Heimtali_vallavalitsus, lk 35
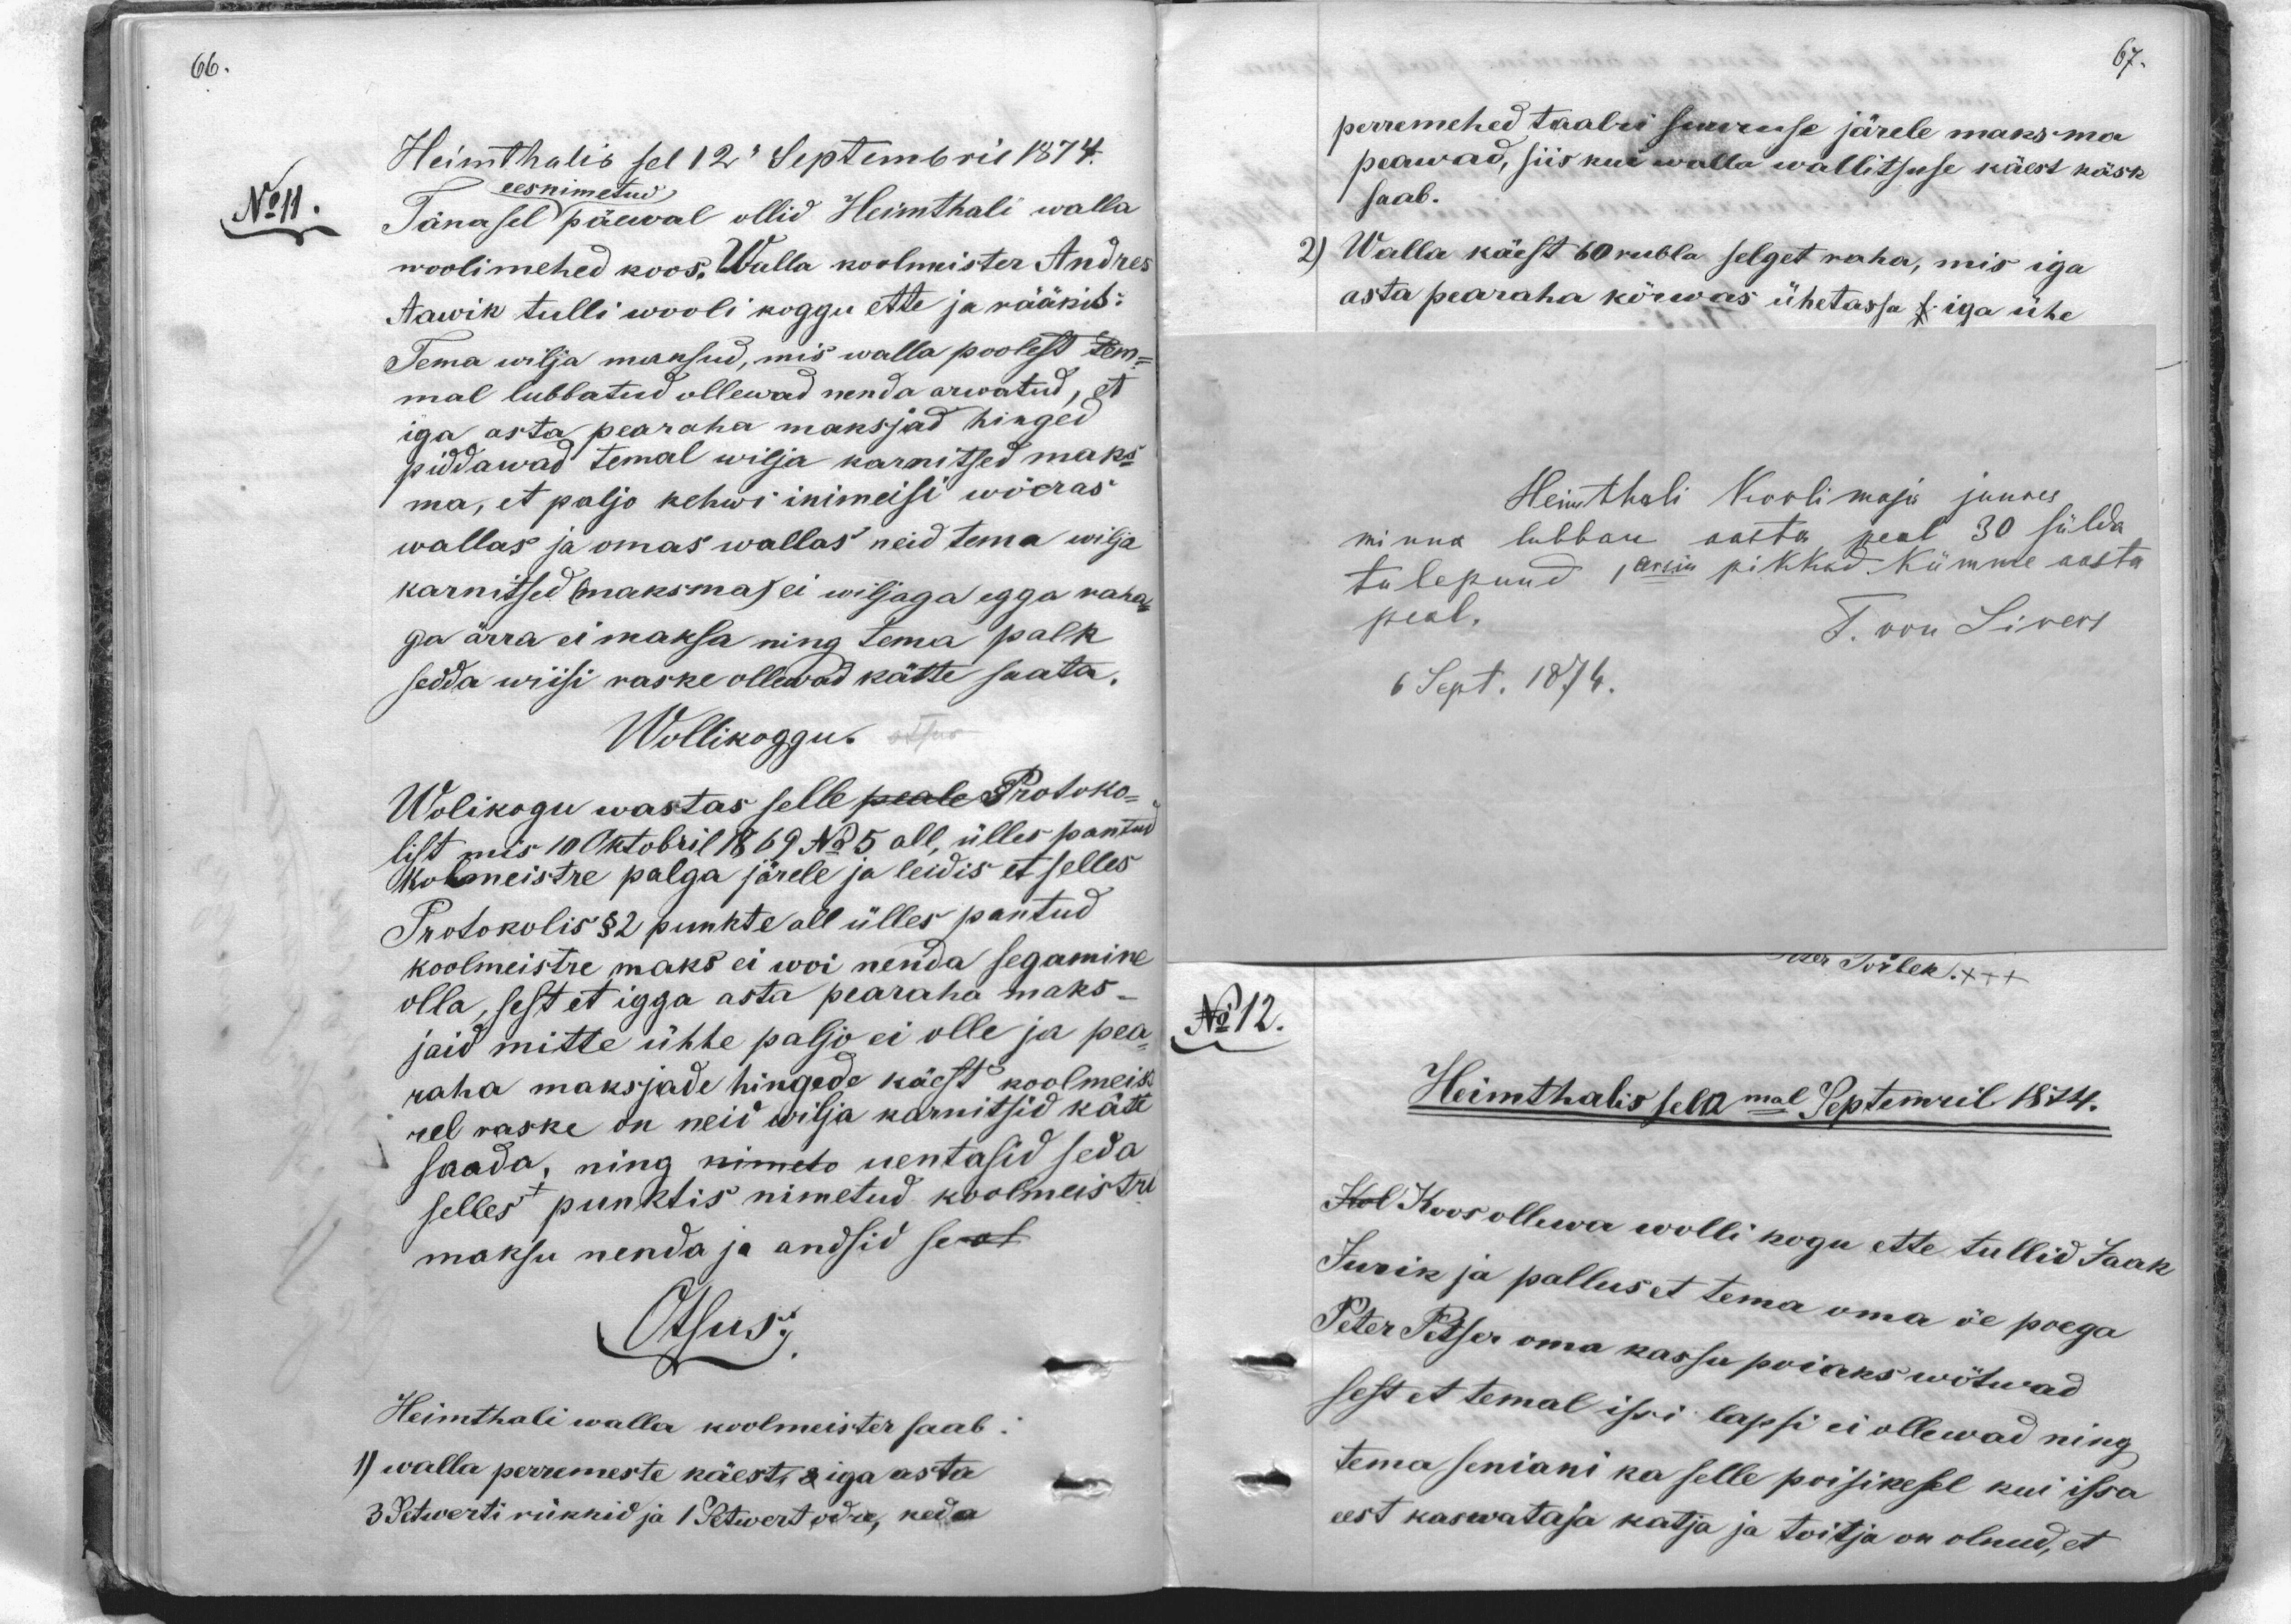
Heimthalis sel 12. Septembril 1874.
eesnimetud
No 11.
Tänasel päewal ollid Heimthali walla
woolimehed koos, Walla koolmister Andres
Aawik tulli wooli koggu ette ja rääkis:
Tema wilja maksud, mis walla poolest tem-
mal lubbatud ollewad nenda arwatud, et
iga asta pearaha maksjad hinged
piddawad temal wilja karnitsed maks-
ma, et paljo kehwi inimeisi wõeras
wallas ja omas wallas neid tema wilja
karnitsed maksma, ei wiljaga egga raha-
ga ärra ei maksa ning tema palk
sedda wiisi raske ollewad kätte saata.
Wollikoggu
Wolikogu wastas selle peale Protoko-
list mis 10 Oktobril 1869 No 5 all, ülles pantud
Kolmeistre palga järele ja leidis et selles
Protokolis §2 punkte all ülles pantud
koolmeistre maks ei woi nenda segamine
olla, sest et igga asta pearaha maks-
jaid mitte ühhe paljo ei olle ja pea-
raha maksjade hingede käest koolmeist-
rel raske on neid wilja karnitsid käte
saada, ning nimeto nentasid seda
sellest punktis nimetud koolmeistri
maksu nenda ja andsid se
Otsus:
Heimthali walla koolmeister saab:
1) walla perremeste käest, iga asta
3 Setwerti rükkid ja 1 Setwert odre, keda

Heimthali Koolimaja juures
minna lubban aasta peal 30 sülda
tulepuud, 1 arsin pikkad. Kümme aasta
peal.
T. von Sivers
6 Sept. 1874.